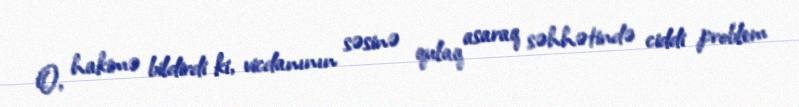
O, hakimə bildirdi ki, vicdanının səsinə qulaq asaraq səhhətində ciddi problem